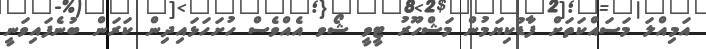
އަމިއްލަ މަސައްކަތަށް ފާޑުކިޔަމުން މަޝްހޫރު ޓީވީ ޝޯވ އެއްވެސް ހުށަހަޅައިދިން ކަރަން ބުނެފައިވަނީ